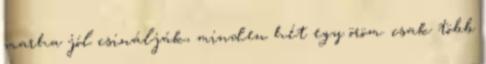
marha jól csinálják, minden hét egy öröm. csak több